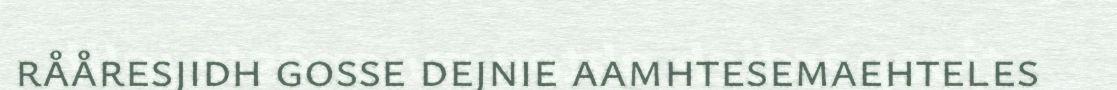
rååresjidh gosse dejnie aamhtesemaehteles